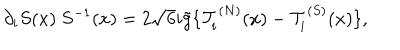
\partial _ { i } S ( x ) \ S ^ { - 1 } ( x ) = 2 \sqrt { 6 } i \tilde { g } \{ { \cal T } _ { i } ^ { ( N ) } ( x ) - { \cal T } _ { i } ^ { ( S ) } ( x ) \} ,